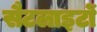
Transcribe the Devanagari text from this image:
सैटलाइटों